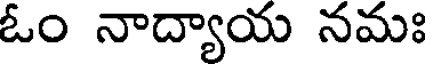
ఓం నాద్యాయ నమః